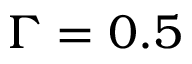
\Gamma = 0 . 5